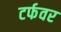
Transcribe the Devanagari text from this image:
टर्फवर